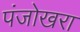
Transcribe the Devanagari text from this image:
पंजोखरा